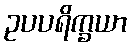
ဥပပရိက္ခယာ